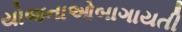
યોજનાઓબાગાયતી